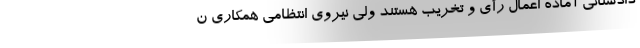
دادستانی آماده اعمال رأی و تخریب هستند ولی نیروی انتظامی همکاری ن